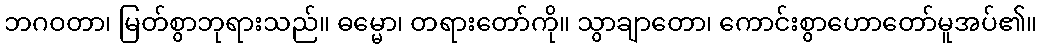
ဘဂဝတာ၊ မြတ်စွာဘုရားသည်။ ဓမ္မော၊ တရားတော်ကို။ သွာချာတော၊ ကောင်းစွာဟောတော်မူအပ်၏။